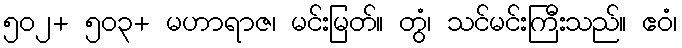
၅၀၂+ ၅၀၃+ မဟာရာဇ၊ မင်းမြတ်။ တွံ၊ သင်မင်းကြီးသည်။ ဧဝံ၊